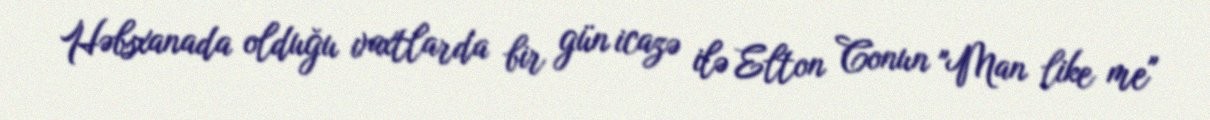
Həbsxanada olduğu vaxtlarda bir gün icazə ilə Elton Conun "Man like me"